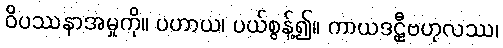
ဝိပဿနာအမှုကို။ ပဟာယ၊ ပယ်စွန့်၍။ ကာယဒဠှီဗဟုလဿ၊